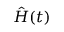
\hat { H } ( t )